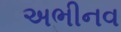
અભીનવ